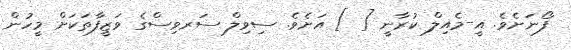
ފޯނަށެވެ. އީ-މެއިލް ކުރާނީ [ ] އަށެވެ. ސިވިލް ސަރވިސްގެ ވަޒީފާތަކަށް މީހުން